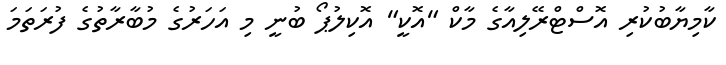
ކާމިޔާބުކުރި އޮސްޓްރޭލިއާގެ މާކް "އޮކީ" އޮކިލުޕޯ ބުނީ މި އަހަރުގެ މުބާރާތުގެ ފުރަތަމަ